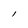
Character: I